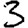
Digit: 3